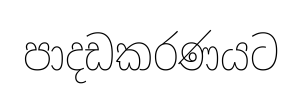
පාදඩකරණයට